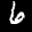
Label: 6